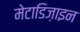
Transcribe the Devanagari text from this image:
मेटाडिज़ाइन